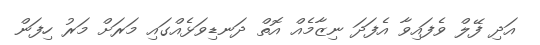
އަދި ފޭލް ވެފައިވާ އެފަދަ ނިޒާމެއް އޮތް ދަނޑިވަޅެއްގައި މަރަށް މަރު ހިފަން